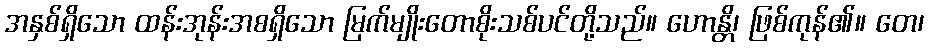
အနှစ်ရှိသော ထန်းအုန်းအစရှိသော မြက်မျိုးတောစိုးသစ်ပင်တို့သည်။ ဟောန္တိ၊ ဖြစ်ကုန်၏။ တေ၊